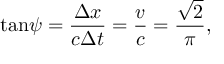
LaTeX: \tan \! \psi = \frac { \Delta x } { c \Delta t } = \frac { v } { c } = \frac { \sqrt 2 } { \pi } ,